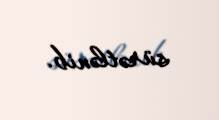
sürətlənib.